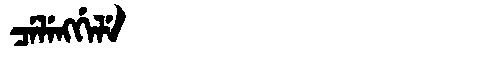
Manchu: ᠴᡝᠯᡝᠩᡤᡝᠯᡝ
Romanization: CELENGGELE